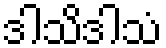
ဒါသိဒါသံ